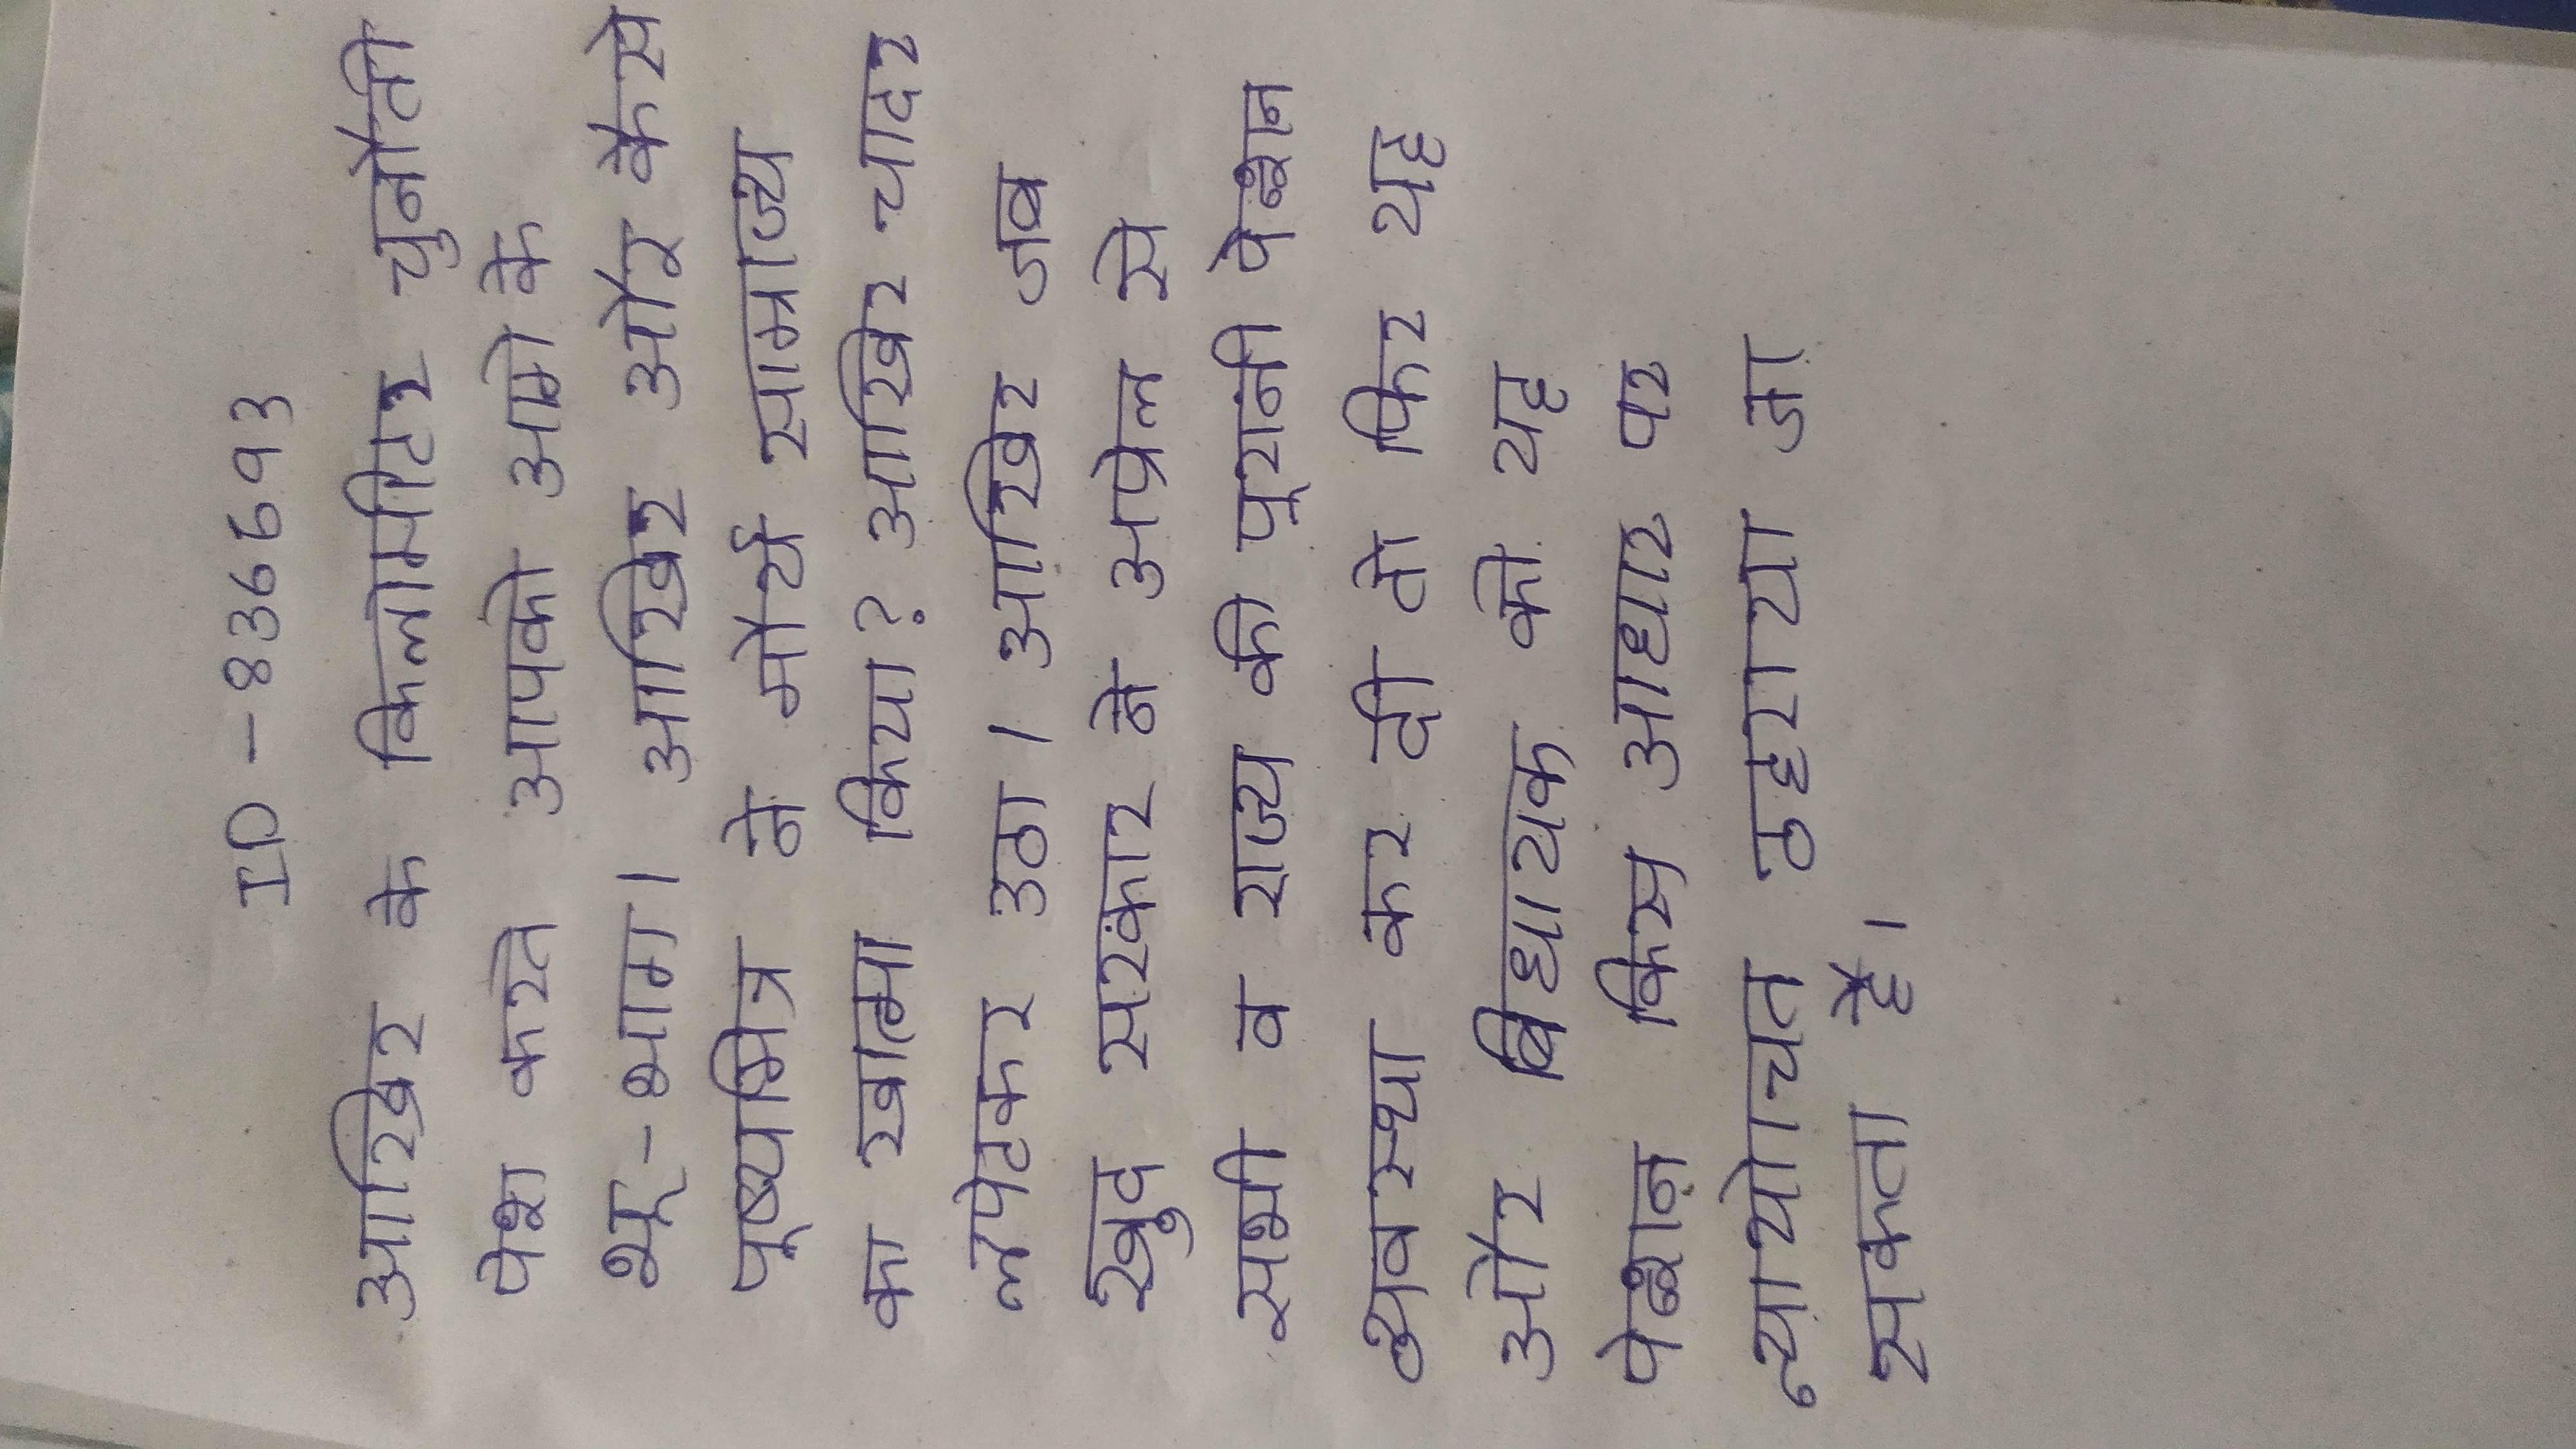
आखिर के किलोमीटर चुनौती पेश करते आपको आगे के भू-भाग । आखिर और कैसे पुष्यमित्र ने मौर्य साम्राज्य का खात्मा किया? आखिर चादर लपेटकर उठा । आखिर जब खुद सरकार ने अप्रेल से सभी व राज्य की पुरानी पेन्शन व्यवस्था कर दी तो फिर यह और बिधायक को यह पेन्शन किस आधार पर न्यायोचित ठहराया जा सकता है ।